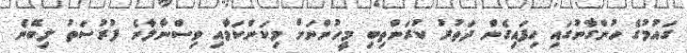
ގައުމުގެ ހުންގާނުގައި ހިފައިގެން ދަތުރު ކުރަންތިބި މީހުންނަށް މިކަންކަމާއި ވިސްނާލާނެ ފުރުސަތު ލިބޭނެ